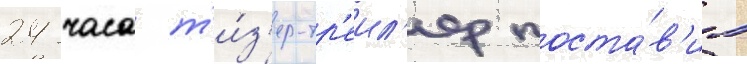
24 часа т'и́з'ер-тр'еил'ер поста́в'ил